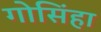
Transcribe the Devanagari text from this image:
गोसिंहा